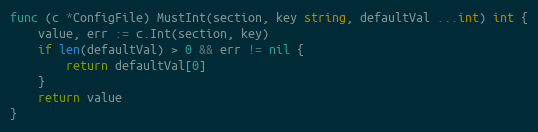
Language: Go
func (c *ConfigFile) MustInt(section, key string, defaultVal ...int) int {
	value, err := c.Int(section, key)
	if len(defaultVal) > 0 && err != nil {
		return defaultVal[0]
	}
	return value
}